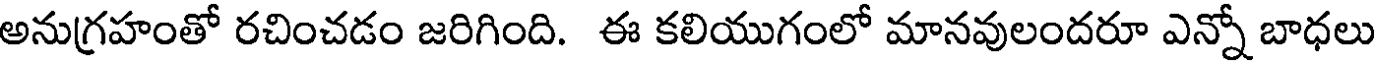
అనుగ్రహంతో రచించడం జరిగింది. ఈ కలియుగంలో మానవులందరూ ఎన్నో బాధలు